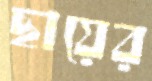
ছায়ের